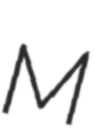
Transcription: M